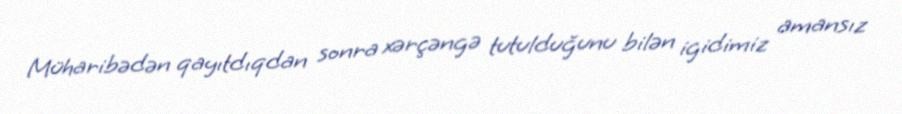
Müharibədən qayıtdıqdan sonra xərçəngə tutulduğunu bilən igidimiz amansız